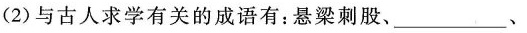
(2)与古人求学有关的成语有：悬梁刺股、_________、